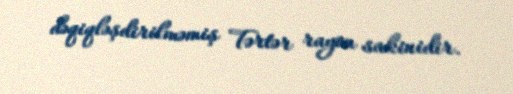
dəqiqləşdirilməmiş Tərtər rayon sakinidir.